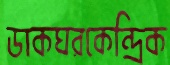
ডাকঘরকেন্দ্রিক